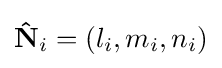
\mathbf {\hat {N}} _{i}=(l_{i},m_{i},n_{i})